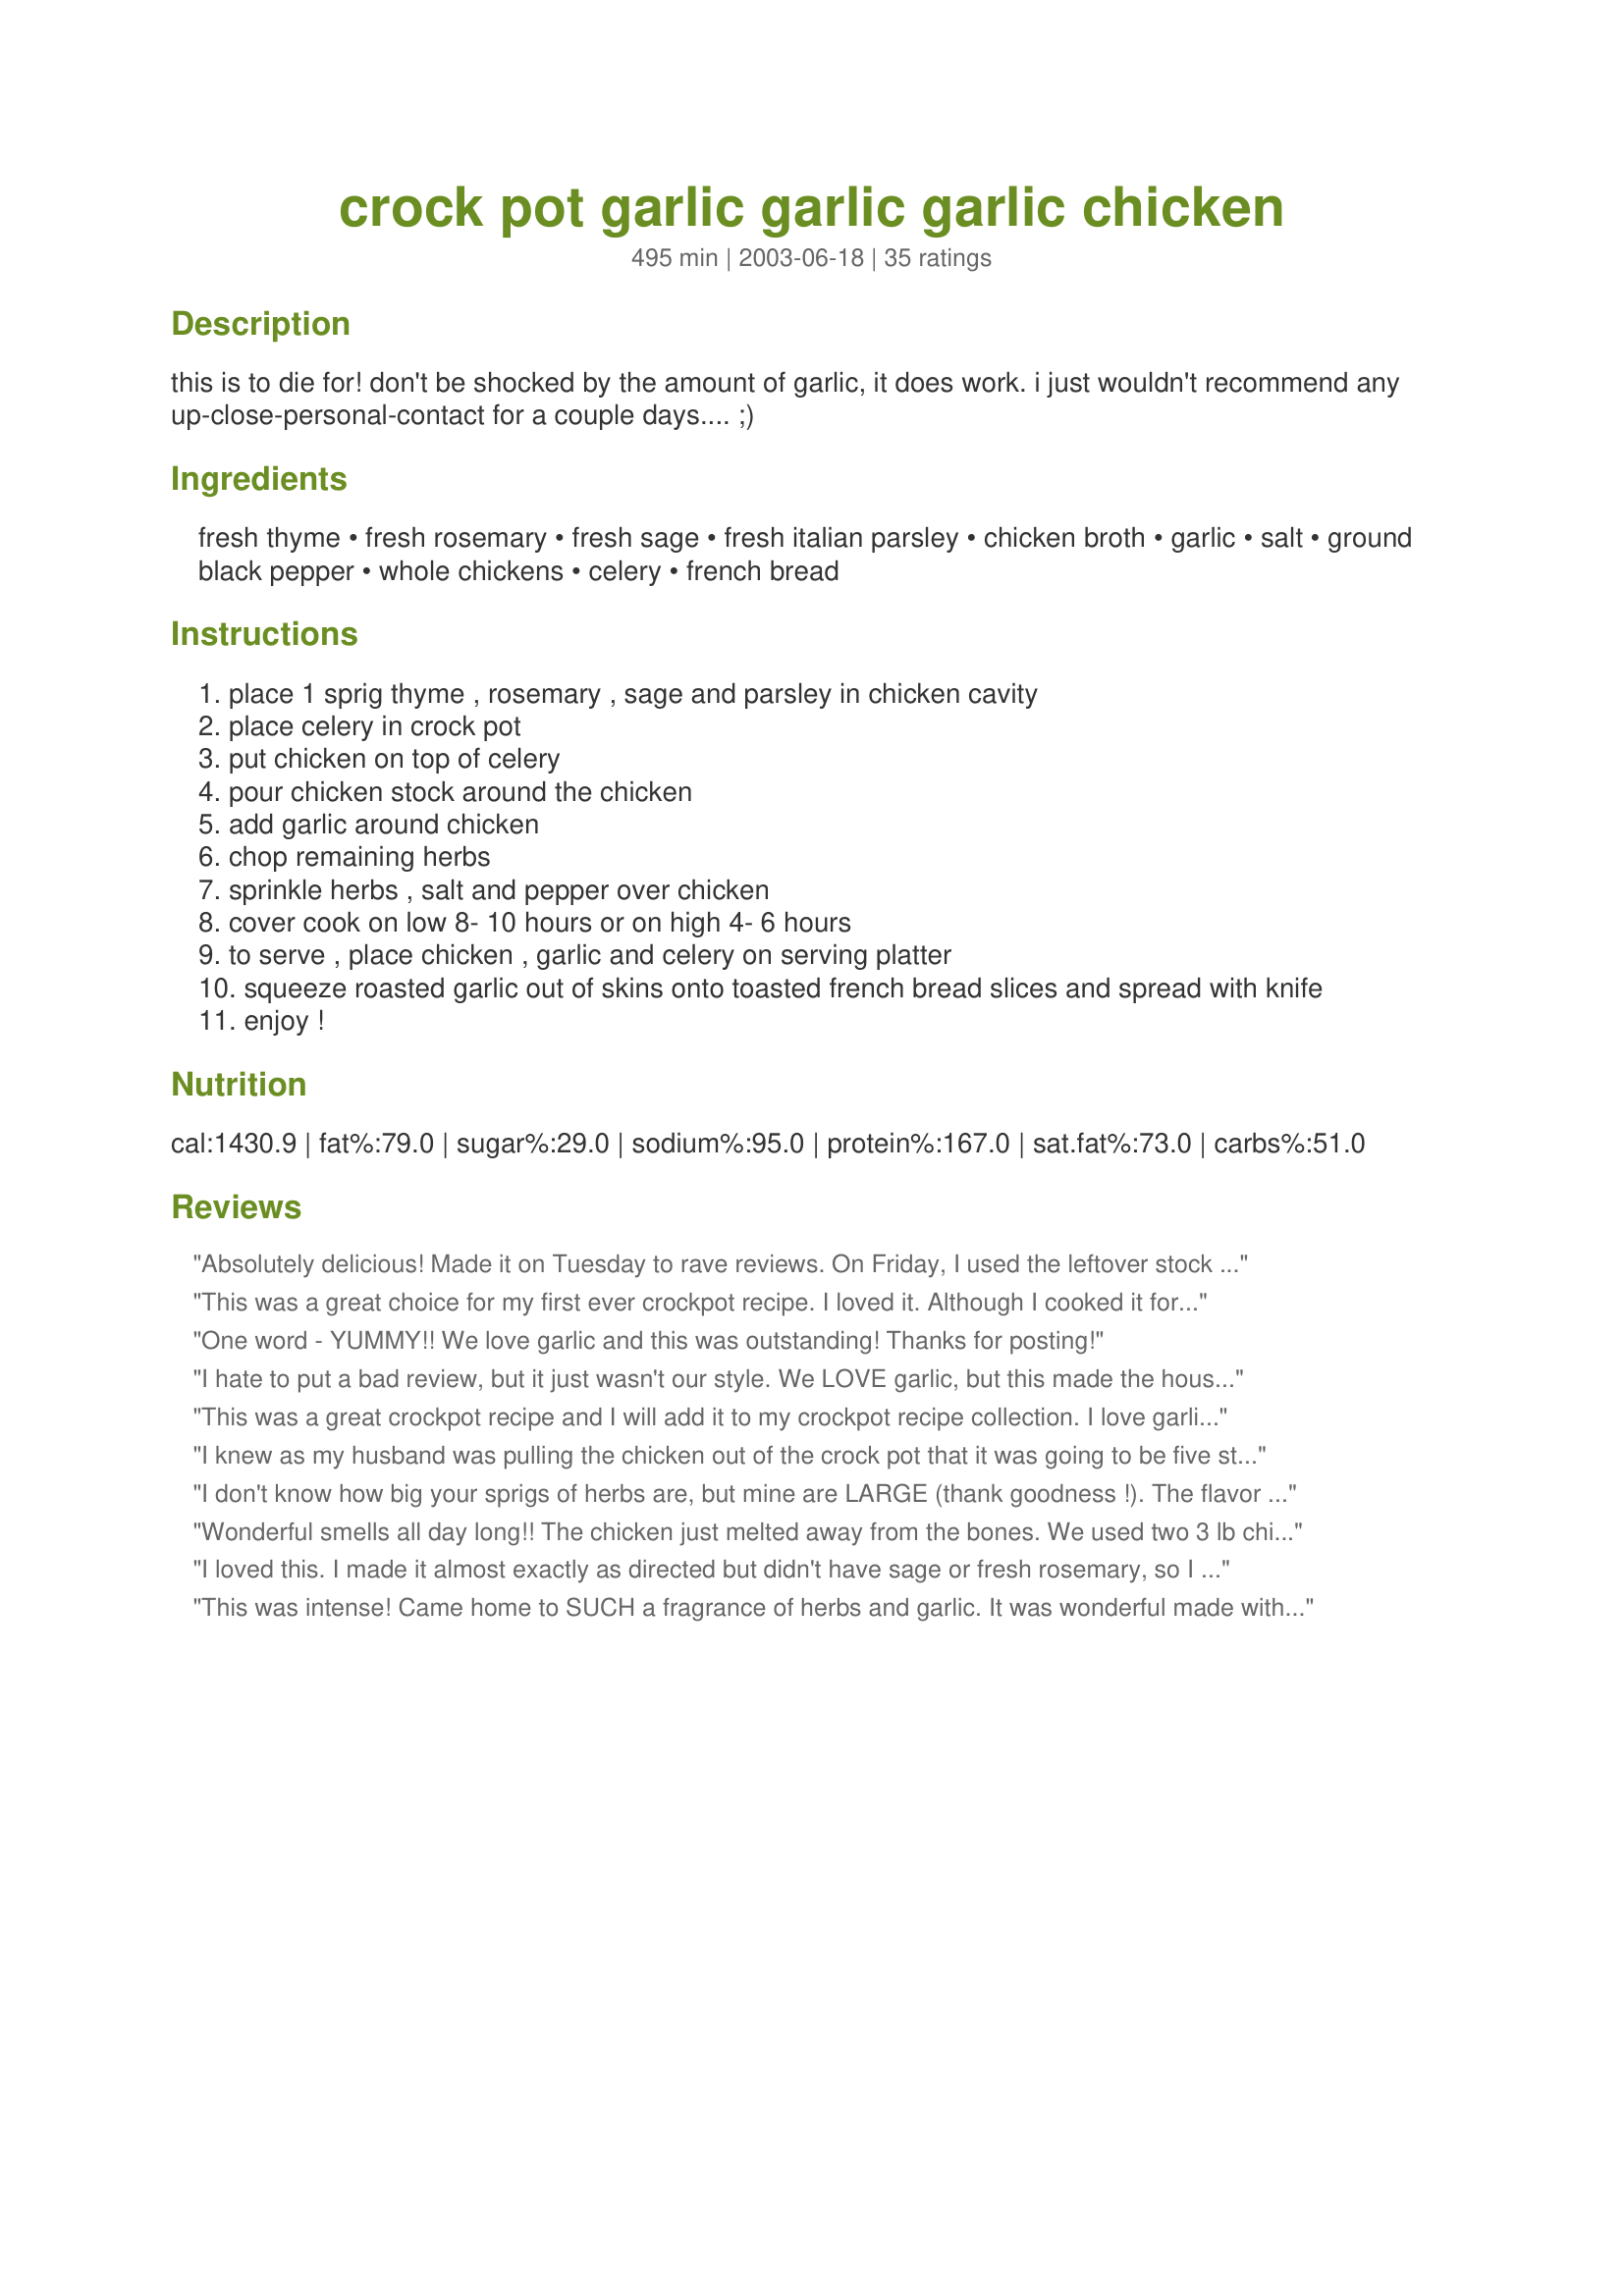
crock pot garlic garlic garlic chicken
Preparation time: 495 minutes

this is to die for! don't be shocked by the amount of garlic, it does work. i just wouldn't recommend any up-close-personal-contact for a couple days.... ;)

Ingredients:
fresh thyme, fresh rosemary, fresh sage, fresh italian parsley, chicken broth, garlic, salt, ground black pepper, whole chickens, celery, french bread

Steps:
place 1 sprig thyme , rosemary , sage and parsley in chicken cavity
place celery in crock pot
put chicken on top of celery
pour chicken stock around the chicken
add garlic around chicken
chop remaining herbs
sprinkle herbs , salt and pepper over chicken
cover cook on low 8- 10 hours or on high 4- 6 hours
to serve , place chicken , garlic and celery on serving platter
squeeze roasted garlic out of skins onto toasted french bread slices and spread with knife
enjoy !

Reviews:
Absolutely delicious! Made it on Tuesday to rave reviews. On Friday, I used the leftover stock for making rice. And on Saturday, I used the leftover rice, garlic, and chicken (plus a bit more canned stock) in a huge pot of soup!
This was a great choice for my first ever crockpot recipe. I loved it. Although I cooked it for nearly 2 hours longer than I intended (got stuck at work) the meat was still moist. It just meant that it fell apart when I attempted to remove it! At first I thought it was a lot of rosemary but the result was a beautifully subtle herb flavour completely through the flesh. Perfect. I live alone so I now have plenty of meat for sandwiches, etc. and garlic paste for pizzas, etc. Thank you for sharing.
One word - YUMMY!! We love garlic and this was outstanding! Thanks for posting!
I hate to put a bad review, but it just wasn't our style. We LOVE garlic, but this made the house smell like garlic for 2 days! The chicken was very tender-falling off the bones-but not very flavorful.
 This was a great crockpot recipe and I will add it to my crockpot recipe collection. I love garlic but I did not really like the flavour of the garlic pressed onto the bread, but it did give a great flavour to the chicken! I will adapt this OAMC cooking by placing the spices into the cavity before freezing and then it will be one less step before I throw it into the crockpot. Thanks for posting!
I knew as my husband was pulling the chicken out of the crock pot that it was going to be five stars. It was wonderful, delicious, and literally falling off the bone tender. We had this with lima beans mixed with peas, wild rice, and french bread. A huge meal with plenty of leftovers, thanks!
I don't know how big your sprigs of herbs are, but mine are LARGE (thank goodness !). The flavor of the meat was amazing. I didn't use chicken broth, instead I use 1/2 cup alcohol free white wine, and later added boiling water. We used 6 thighs as that is what I had. I also made some french bread. The meat was fabulous, but the garlic wasn't. I ended up giving the garlic to the chickens. There was no "broth" in my crock pot. This new one runs hot ! It boils on low! Not happy with this new CP, but I was happy with the flavor of the meat. All the kids liked it and were asking for more .
Wonderful smells all day long!! The chicken just melted away from the bones. We used two 3 lb chickens and cooked High 6 hrs.This recipe is a keeper.
I loved this. I made it almost exactly as directed but didn't have sage or fresh rosemary, so I used dried rosemary but fresh oregano. I came home to a house that smelled wonderful. I think mine was slightly overcooked, but that is to do with my slowcooker I think. I didn't like the garlic cloves though, they were not like I expected. We had it cold the next day and it was wonderful. I actually used two small chickens (1kg each) and I still have one left for sandwiches. I think that a whole lemon stuffed in the chicken would keep it moister. I will try that next time.
This was intense! Came home to SUCH a fragrance of herbs and garlic. It was wonderful made with skinless thighs and breasts and was done in 5 hours on High.
This was so tender and juicy, I added garlic and dots of butter under the skin. Thanks so much!
This was incredible! I made it for my parents for Good Friday, and I had my dad breathing down my neck while I was preparing it - "That's way to much garlic, you know". He must have complained at least a dozen times, but wouldn't ya know, everyone loved it, including him, and there were no leftovers. I did it in the oven as I didn't have time for the crockpot. This has the BEST flavour. I will definitely be making this again.
This was very nice. Next time I will add more garlic though. I will also try with wine instead of stock.
I did not have fresh, so I used dried thyme, sage no rosemary, and fresh parsley and of course the fresh garlic cloves. I did not use any chicken stock, this made its own juices very nicely! I also altered by using bone in skinless chicken breasts (6) in place of 1 whole chicken (this reduced the amount of fat as well) I didtn have celery so I used a bit of celery salt.

 I LOVED THIS! It was SO good. It was tender, and very moist. The garlic cloves were so easy since they didnt need to be peeled! Spread on bread was WONDERFUL.

 I also made some mashed potatoes on the side with this, I took about 1/2 cup of the wonderful juices and 6 cloves of garlic (unpeeled) and then mashed with a bit of butter. The potatoes were TO DIE FOR!

 I will make this recipe again and again, and I will save the stock for mashed potatoes! Thank you for a great keeper!

 Also this was FAR more than 4 servings. I served 6 and still have left overs in the fridge! Dont be scared off by the high calore fat count, you will more than likely althought its very good, not eat a full POUND of chicken as your serving.
I only give 5 stars to recipes that I'll be making again! This was really good! It's going to be a great winter dish.
The only thing I did different was to use skinless chicken pieces.Left one with the skin on and added sauteed onions.I used my electric roaster,will use the crockpot next time,late start!Thanks for the wonderful recipe!
This is a great way to have a "roasted" chicken in the summertime. The kitchen never heats up and you get a delicious dinner. I had all the fresh herbs ready in my garden - so that was a great bonus for me. The mixture of the garlic flavor with the different herbs was terrific. And you can't forget to smear the cooked garlic on the french bread. My whole family enjoyed and we will definitely have this again. Thanks for a good one!
I added way more garlic (already peeled), but next time I'll add much more than that. The garlic kind of melts and spreads really well onto baguette bread. The meat was really tender and flavorful. I'm going to cook two at a time, loaded with garlic, so I can have lots of left-overs.
Well what can I say that someone has not said before. I live in Australlia and with the OZ summer heat, and we love and cook often my Oven-Roasted Chicken With Forty Garlic Cloves
Recipe #158211 Well it was too hot to use the oven so I though I would give yours a go. (all day I could smell it, as I work from home. I could not help myself I had to go and look at it, thank god I have a glass cover on my crock pot)Thank you soooo much it work well and I will be uesing it again and not just when it is to hot to cook. The only changes I made is that I did not use any stock, and no celery as I had none in the house. The juice from the crock pot I used later as stock for other cooking, after I had taken the fat off. It made about two cups. (It makes the best stock and I pop it into the freezer for later use). Once again thank you, now when I have to be out all day we can still have our chicken and garlic fix. PS the smell also sent my dogs mad. Thay sat and looked at it in hope. (as if they wouild get any)
Wonderful exotic aroma all over the house, through the windows and into the street ! Our neighbors loved the aroma, our family loved the taste. The review of fairywishes wish above says it all, just follow it and you have wonderful, wonderful roasted chicken without so much heat during summer. So easy to cook but results are great and we love garlic ! Thanks a lot Bekah for sharing this recipe. We will be doing this over and over again.
It falls to pieces when you take it out of the crock pot. I used dried herbs, and don't be afraid to be a little generous with them. Don't skimp on the garlic. Very yummy.
FANTASTIC! I put this in in the morning at about 9.30 and left it while out at the beach all day. I was a bit hesitant about having a dinner without pasta/rice but took the suggestion and had lovely French crusty bread smothered in the roasted soft garlic, alongside pieces of the chicken which had literally fallen off the bone and a green salad. I did use alot more herbs than the recipe - just grabbed handfuls from the garden and stuffed them in the cavity along with a cut up lemon. I also added, as another reviewer did, a half glass of white wine in addition to the stock. This is definitely a keeper however, next time I will not use anywhere near as much liquid, probably just a dash of wine/stock as there was a HUGE amount of liquid which in fact I have frozen to use as a base for soup. Thanks for this recipe! It is great!
VERY, VERY good! The roasted garlic was AMAZING! You definitely want fresh bread to spread this on. I added potatoes to the bottom and rubbed the chicken with a packet of onion soup mix. Otherwise followed to the letter. We LOVED this! I cooked on high for one hour and 4 hours on low. My pot cooks hot so base this on your own pot. Wonderful!
I LIKED it the first day and LOVED it for leftovers. The mixture of ingredients were a superb choice. I used the chicken base in some boxed stuffing and it turned out AMAZING!
Wow!!! I have made garlic chicken before, but this one is the keeper. I added a few other flavors, for a little kick. Was great
This recipe is so good. I only had dried herbs on hand but decided to use the fresh instead. I am so glad I did. My family's favorite part was adding the garlic to the French bread. This is a keeper recipe!
This is only ok.
I have made this same recipe only minus the chicken stock. You don't need the extra liquid if you do it in the crockpot. It leaves the house smelling great.
This was good. We tend to like stronger flavours in our house. I used boneless skinless chicken breasts and cooked it on high for four hours. It would probably be better with boneless skinless thighs if I make it again. We don't eat whole chicken and especially chicken with skin on. The serving suggestion for French bread was spot on and actually our favourite part of the meal. The garlic spread was flavourful. I will try this again with thighs. Thanks for posting.
I Love This Chicken!!! I also add a little white cooking wine and Morton's Nature's Seasonings (rather than salt and pepper). We live in Germany and the garlic Cloves are FANTASTIC on crusty german rolls called broetchen. This is now a regular meal in our home.
Delicious!! I made this with legs and thigh pieces and it turned out perfect!! I even took the extra roasted garlic, smashed up the cloves and froze them for future recipes that call for "roasted" garlic! I will be making this recipe again and again!!
OMG!!! This is the bomb! :) This is one of the best crock pot recipes I have ever made, if not one of the best chicken dishes by far. The only thing I changed, is that I used chicken breast instead of a whole chicken. I don't eat dark meat and I'm not a big fan of cleaning out the cavity of a whole chicken. Nevertheless, the chicken was so juicy and fell apart right in the crock pot as I was spooning it out to serve. I also used the garlic gloves to make garlic toast and a brown rice side dish.
My DSD and I loved this, picky DH was so so. We girls are garlic lovers though, where he is not.
The chicken was "to die for" as advertised. The aroma filling the house was heavenly too. As another reviewer posted, I did not care for the squeezed garlic onto French bread and pretty much ended up discarding the celery and everything but the chicken.. However, the chicken speaks for itself! Thanks for sharing.
This was tasty... smearing happy garlic cloves on French bread was wonderful. I skipped the celery and user white wine instead of chicken broth.
We tried it last night. Overall it was good. In my case, the only thing was it rendered too much broth and was kind of soupy. Next time, I will add less liquid maybe just 1/2 cup and definetely a little more salt.
